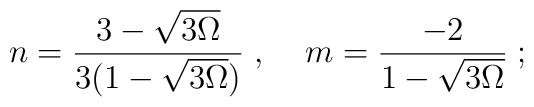
n = \frac{3 - \sqrt{3 \Omega}}{3 (1 - \sqrt{3 \Omega})} \; , \; \; \; \; m = \frac{- 2}{1 - \sqrt{3 \Omega}} \; ;